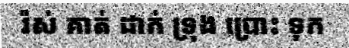
រ៉ស់ គាត់ ដាក់ ទ្រុង ប្រោះ ទុក